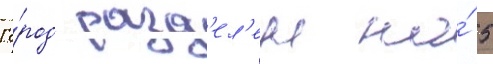
Го́род разд'ел'ен на́ 5